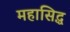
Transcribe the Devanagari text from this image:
महासिद्ध